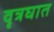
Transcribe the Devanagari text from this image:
वृत्रघात